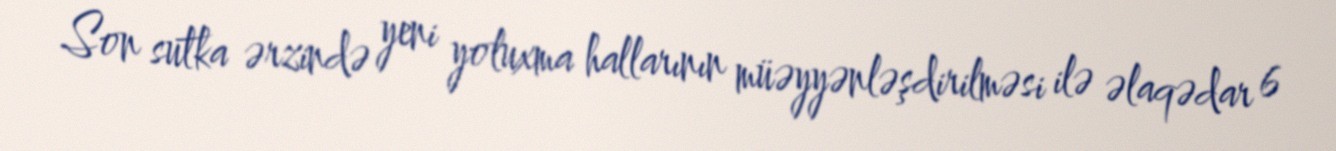
Son sutka ərzində yeni yoluxma hallarının müəyyənləşdirilməsi ilə əlaqədar 6